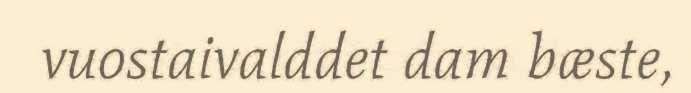
vuostaivalddet dam bæste,